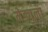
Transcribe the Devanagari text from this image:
मेड्यूला